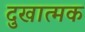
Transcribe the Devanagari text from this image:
दुखात्मक